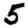
Digit: 5